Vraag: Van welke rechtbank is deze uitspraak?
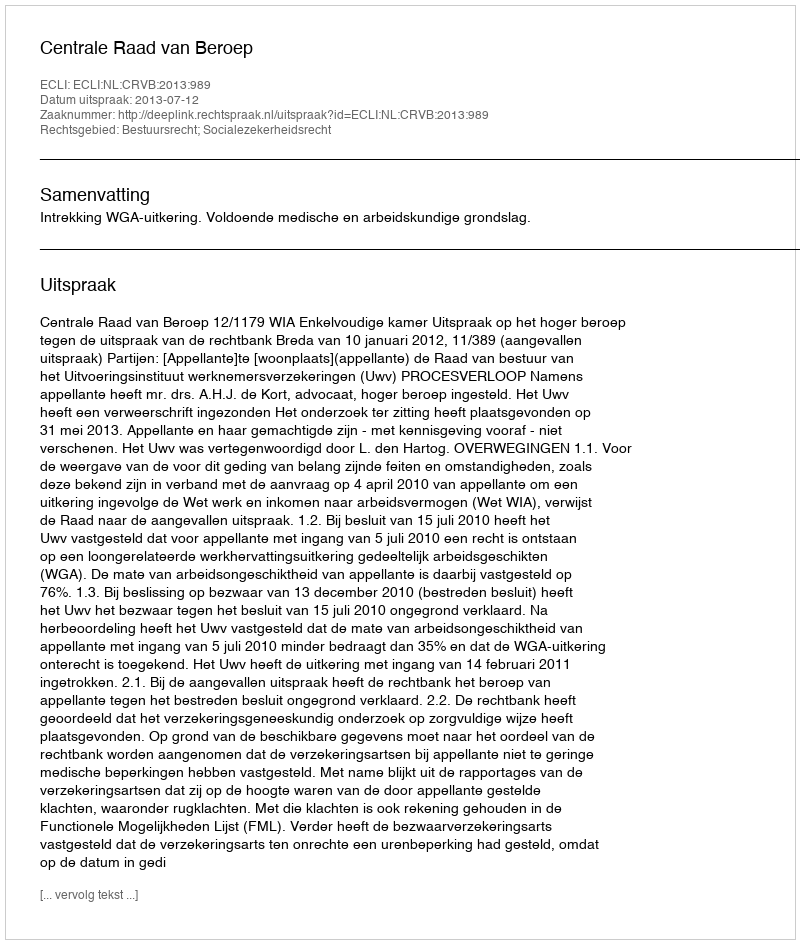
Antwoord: Centrale Raad van Beroep